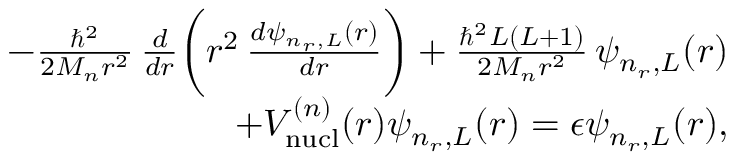
\begin{array} { r l r } & { } & { - \frac { \hbar ^ { 2 } } { 2 M _ { n } r ^ { 2 } } \, \frac { d } { d r } \bigg ( r ^ { 2 } \, \frac { d \psi _ { n _ { r } , L } ( r ) } { d r } \bigg ) + \frac { \hbar ^ { 2 } L ( L + 1 ) } { 2 M _ { n } r ^ { 2 } } \, \psi _ { n _ { r } , L } ( r ) } \\ & { } & { \; \; + V _ { \mathrm { n u c l } } ^ { ( n ) } ( r ) \psi _ { n _ { r } , L } ( r ) = \epsilon \psi _ { n _ { r } , L } ( r ) , } \end{array}